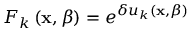
F _ { k } \left( \mathbf { x } , \beta \right) = e ^ { \delta u _ { k } \left( \mathbf { x } , \beta \right) }